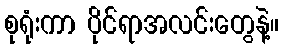
စုရုံးကာ ပိုင်ရာအလင်းတွေနဲ့။